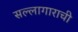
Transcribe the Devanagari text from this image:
सल्लागाराची